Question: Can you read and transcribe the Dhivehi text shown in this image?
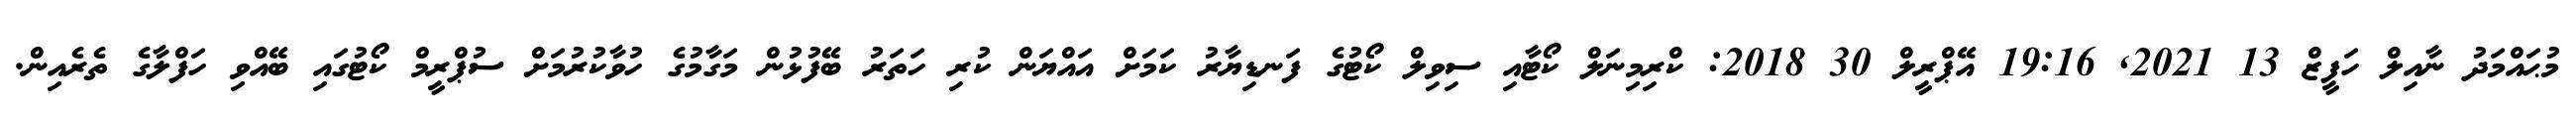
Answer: މުޙައްމަދު ނާއިލް ހަފީޒް 13 2021, 19:16 އޭޕްރީލް 30 2018: ކްރިމިނަލް ކޯޓާއި ސިވިލް ކޯޓުގެ ފަނޑިޔާރު ކަމަށް އައްޔަން ކުރި ހަތަރު ބޭފުޅުން މަގާމުގެ ހުވާކުރުމަށް ސުޕްރީމް ކޯޓުގައި ބޭއްވި ހަފްލާގެ ތެރެއިން.